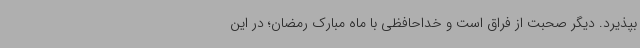
بپذیرد. دیگر صحبت از فراق است و خداحافظی با ماه مبارک رمضان؛ در این